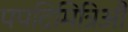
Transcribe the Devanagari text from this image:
पपदिमित्रिऔ